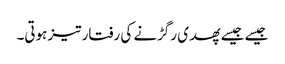
جیسے جیسے پھدی رگڑنے کی رفتار تیز ہوتی۔